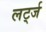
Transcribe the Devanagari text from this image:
लर्ट्ज